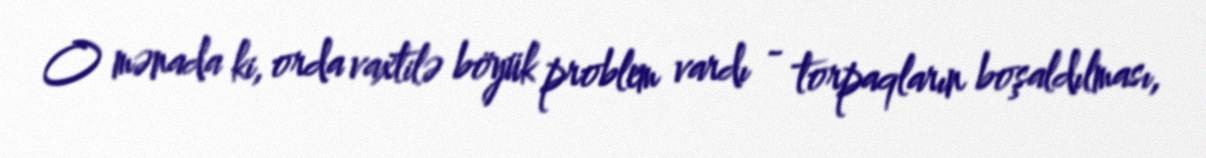
O mənada ki, orda vaxtilə böyük problem vardı - torpaqların boşaldılması,